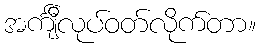
အင်္ကျီလုပ်ဝတ်လိုက်တာ။